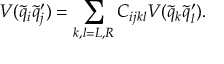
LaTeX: V ( \tilde { q } _ { i } \tilde { q } _ { j } ^ { \prime } ) = \sum _ { k , l = L , R } C _ { i j k l } V ( \tilde { q } _ { k } \tilde { q } _ { l } ^ { \prime } ) .